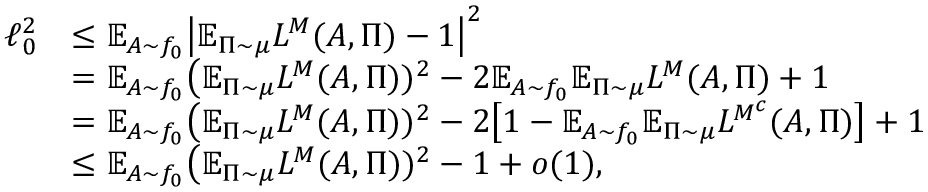
\begin{array} { r l } { \ell _ { 0 } ^ { 2 } } & { \leq \mathbb { E } _ { A \sim f _ { 0 } } \bigl | \mathbb { E } _ { \Pi \sim \mu } L ^ { \cal M } ( A , \Pi ) - 1 \bigr | ^ { 2 } } \\ & { = \mathbb { E } _ { A \sim f _ { 0 } } \bigl ( \mathbb { E } _ { \Pi \sim \mu } L ^ { \cal M } ( A , \Pi ) ) ^ { 2 } - 2 \mathbb { E } _ { A \sim f _ { 0 } } \mathbb { E } _ { \Pi \sim \mu } L ^ { { \cal M } } ( A , \Pi ) + 1 } \\ & { = \mathbb { E } _ { A \sim f _ { 0 } } \bigl ( \mathbb { E } _ { \Pi \sim \mu } L ^ { \cal M } ( A , \Pi ) ) ^ { 2 } - 2 \bigl [ 1 - \mathbb { E } _ { A \sim f _ { 0 } } \mathbb { E } _ { \Pi \sim \mu } L ^ { { \cal M } ^ { c } } ( A , \Pi ) \bigr ] + 1 } \\ & { \leq \mathbb { E } _ { A \sim f _ { 0 } } \bigl ( \mathbb { E } _ { \Pi \sim \mu } L ^ { \cal M } ( A , \Pi ) ) ^ { 2 } - 1 + o ( 1 ) , } \end{array}